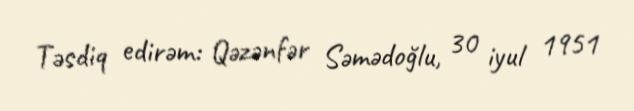
Təsdiq edirəm: Qəzənfər Səmədoğlu, 30 iyul 1951